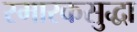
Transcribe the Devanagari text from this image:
स्मारकसुद्धा